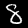
Digit: 8